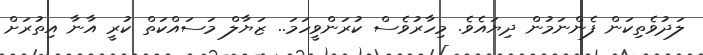
ލަދުވެތިކަން ފެންނަމުން ދިޔައެވެ. މިހާރުވެސް ކުރަންވީހަމަ.. ޒަޔާލް މަސައްކަތް ކުރީ އާނާ އިތުރަށް